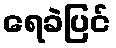
ရေခဲပြင်